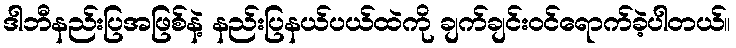
ဒါဘီနည်းပြအဖြစ်နဲ့ နည်းပြနယ်ပယ်ထဲကို ချက်ချင်းဝင်ရောက်ခဲ့ပါတယ်။